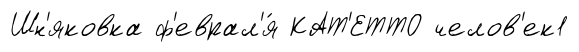
Шн'яковка ф'еврал'я́ КАТ'ЕТТО челов'ек1